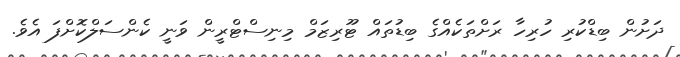
ދަށުން ބިޑްކުރި ހުރިހާ ރަށްތަކެއްގެ ބިޑުތައް ޓޫރިޒަމް މިނިސްޓްރީން ވަނީ ކެންސަލްކޮށްފަ އެވެ.